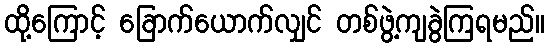
ထို့ကြောင့် ခြောက်ယောက်လျှင် တစ်ဖွဲ့ကျခွဲကြရမည်။